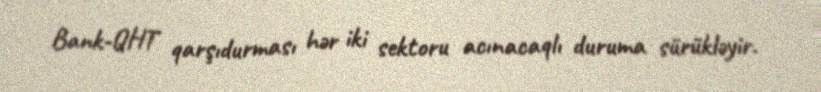
Bank-QHT qarşıdurması hər iki sektoru acınacaqlı duruma sürükləyir.